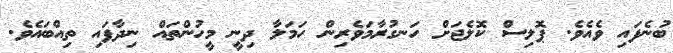
ބުނެފައި ވެއެވެ. ޕޮލިސް ކޮލެޖަށް ހަނގުރާމަވެރިން ހަމަލާ ދިނީ މީހުންތައް ނިދާފައި ތިއްބައެވެ.